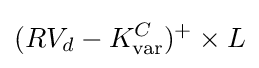
(RV_{d}-K_{\text{var}}^{C})^{+}\times L